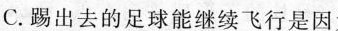
C.踢出去的足球能继续飞行是因为